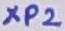
Text: XP2